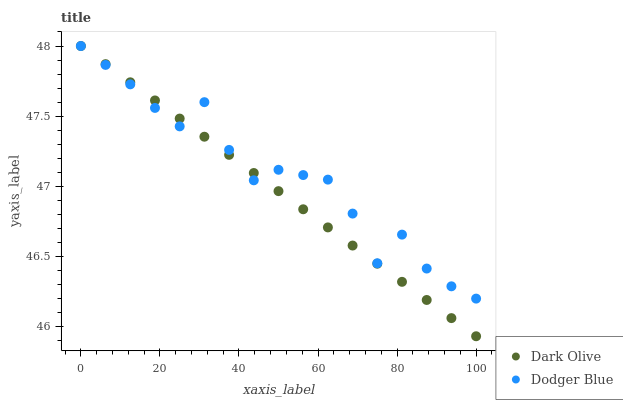
| xaxis_label | Dark Olive | Dodger Blue |
 | --- | --- | --- |
 | 0 | 48 | 48 |
 | 6.25 | 47.9 | 47.9 |
 | 12.5 | 47.7 | 47.7 |
 | 18.8 | 47.6 | 47.6 |
 | 25 | 47.5 | 47.4 |
 | 31.2 | 47.4 | 47.6 |
 | 37.5 | 47.2 | 47.3 |
 | 43.8 | 47.1 | 47 |
 | 50 | 47 | 47.1 |
 | 56.2 | 46.8 | 47.1 |
 | 62.5 | 46.7 | 47 |
 | 68.8 | 46.6 | 46.8 |
 | 75 | 46.4 | 46.5 |
 | 81.2 | 46.3 | 46.7 |
 | 87.5 | 46.2 | 46.4 |
 | 93.8 | 46.1 | 46.3 |
 | 100 | 45.9 | 46.2 |